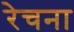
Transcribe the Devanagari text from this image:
रेचना